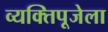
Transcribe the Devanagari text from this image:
व्यक्तिपूजेला